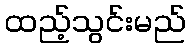
ထည့်သွင်းမည်